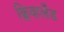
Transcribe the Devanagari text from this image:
क्लिव्हलँड